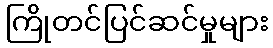
ကြိုတင်ပြင်ဆင်မှုများ